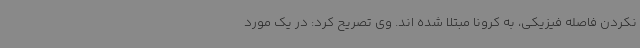
نکردن فاصله فیزیکی، به کرونا مبتلا شده اند. وی تصریح کرد: در یک مورد